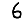
Digit: 6